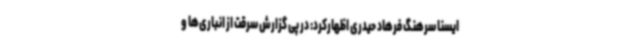
ایسنا سرهنگ فرهاد حیدری اظهارکرد: در پی گزارش سرقت از انباری‌ها و